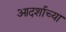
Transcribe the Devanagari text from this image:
आदर्शाच्या